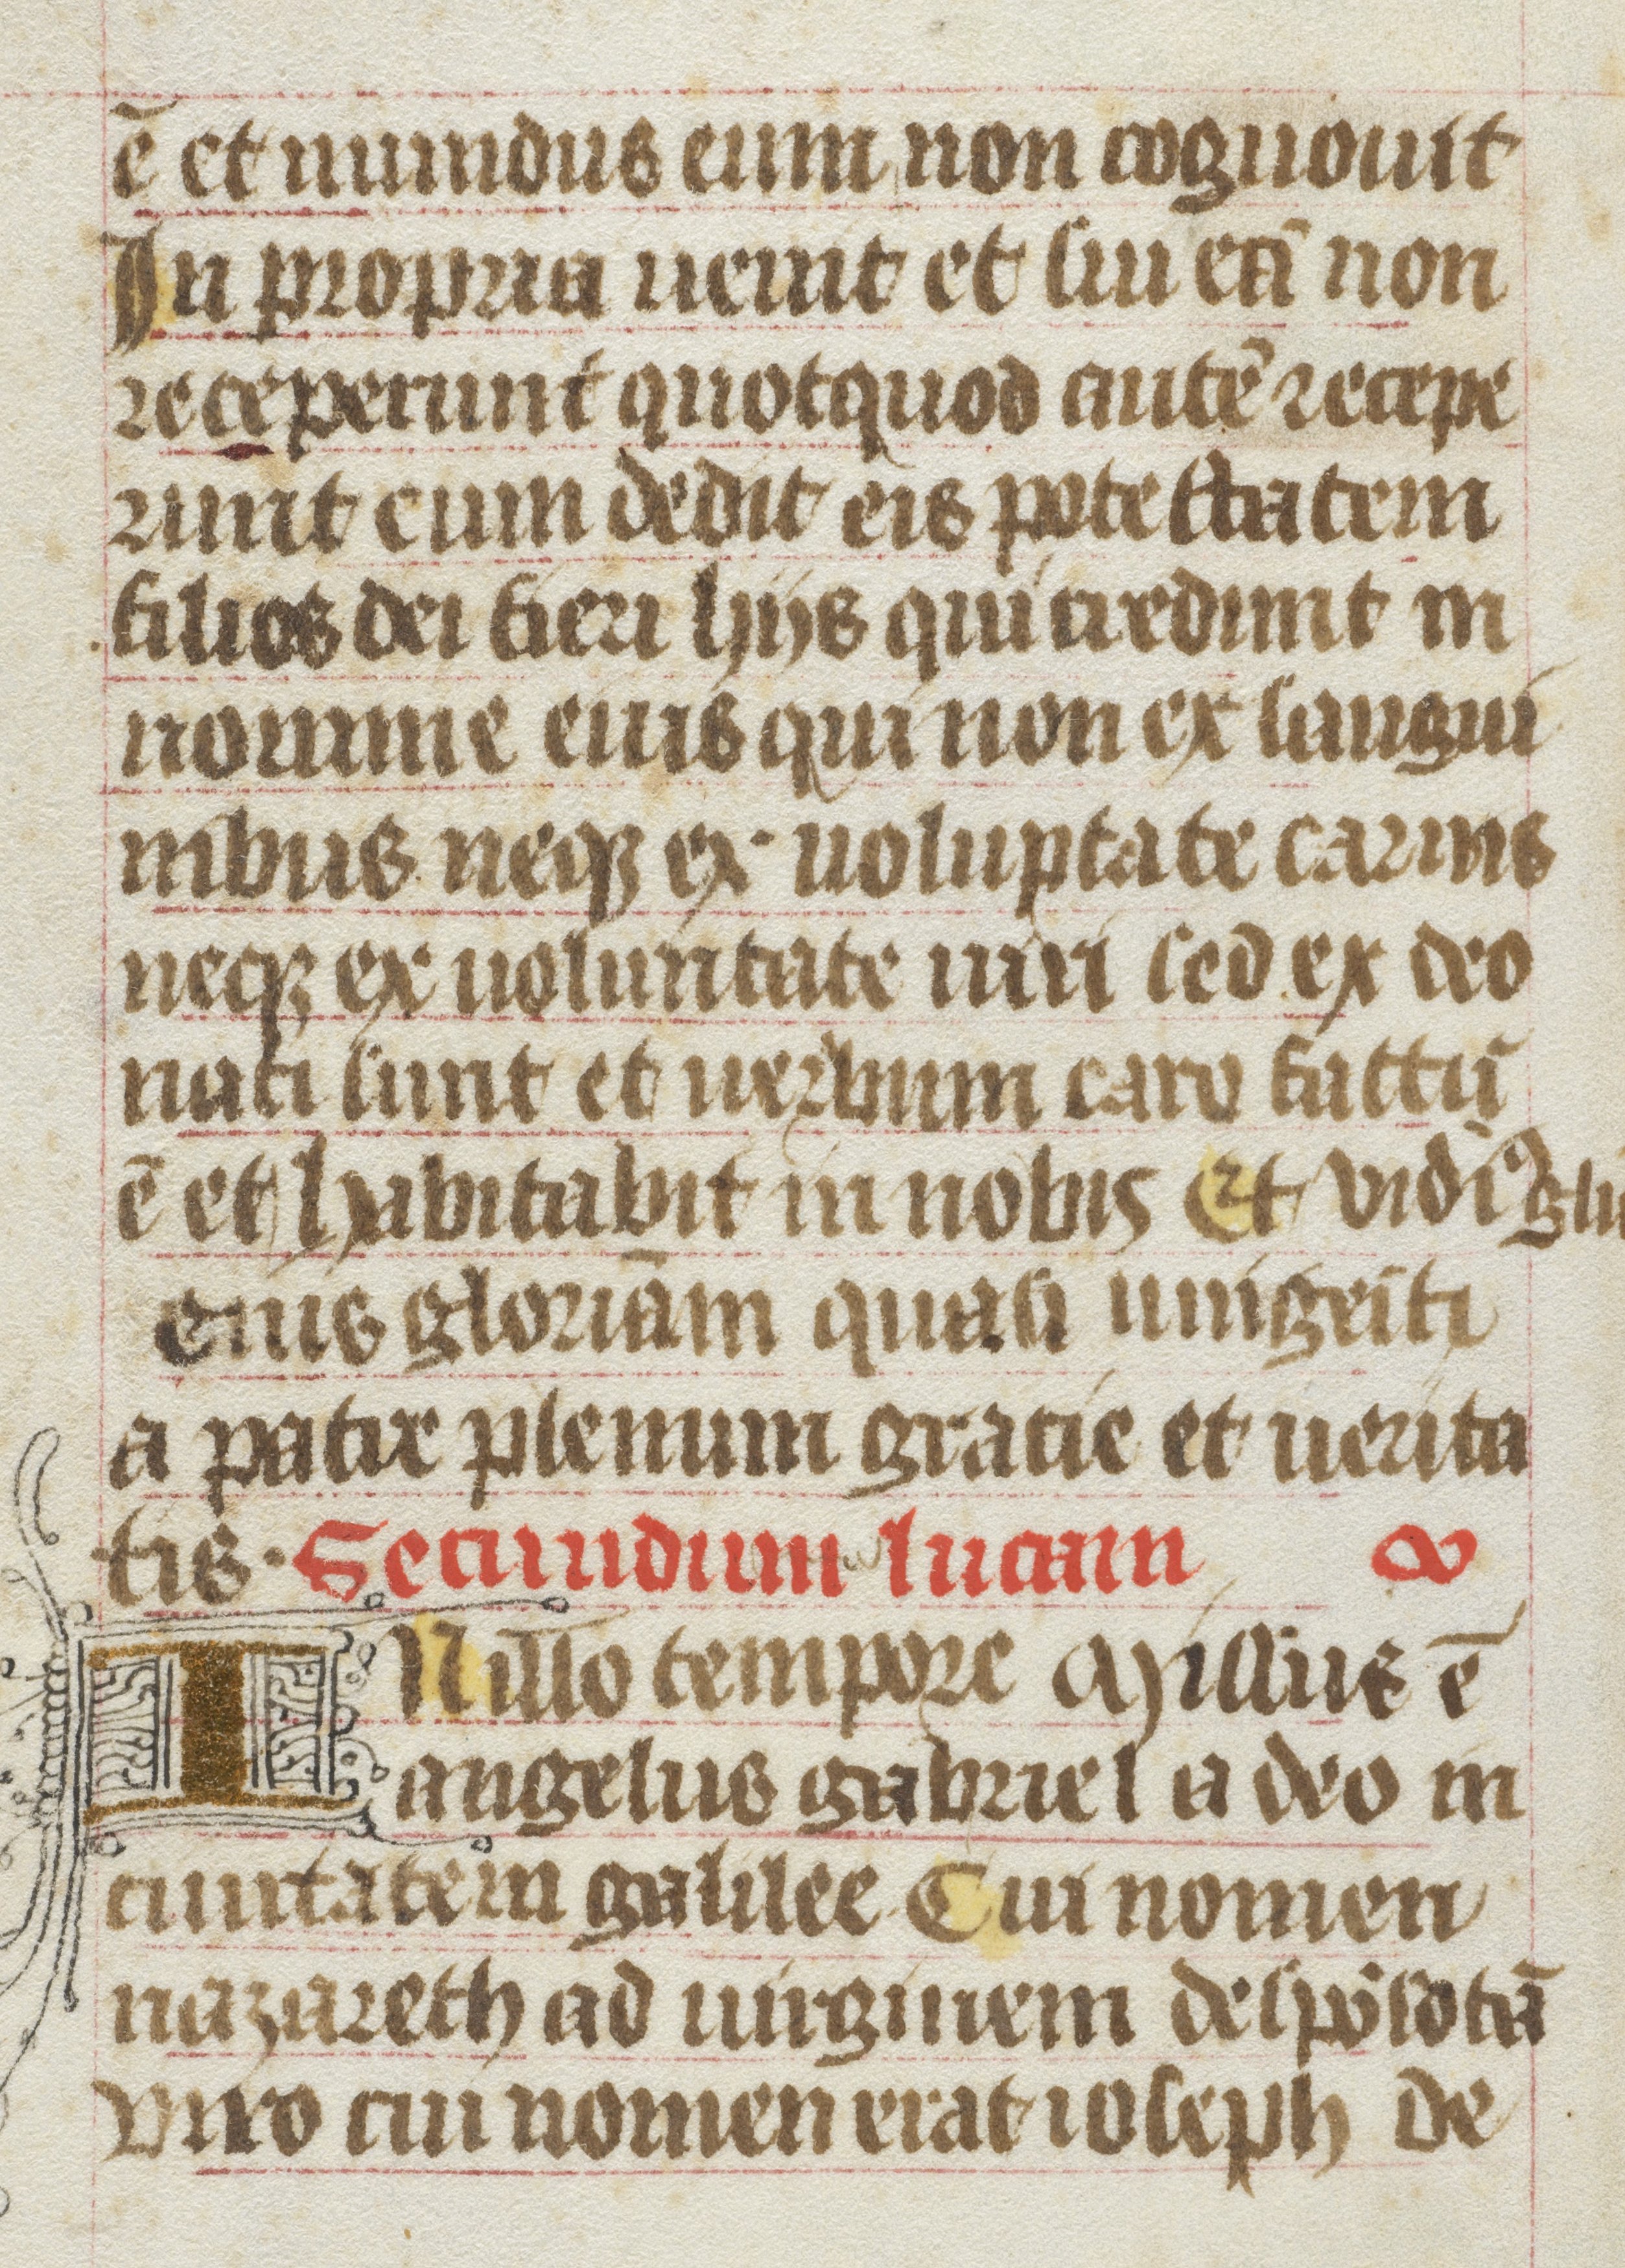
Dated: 1400–1499